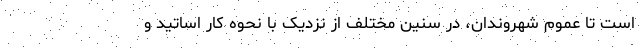
است تا عموم شهروندان، در سنین مختلف از نزدیک با نحوه کار اساتید و